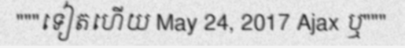
"""ទៀតហើយ May 24, 2017 Ajax ឬ"""